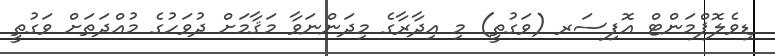
ޑިވެލޮޕްމަންޓް އޮފިސަރ (ވަގުތީ) މި އިދާރާގެ މިދަންނަވާ މަޤާމަށް ދުވަހުގެ މުއްދަތަށް ވަގުތީ